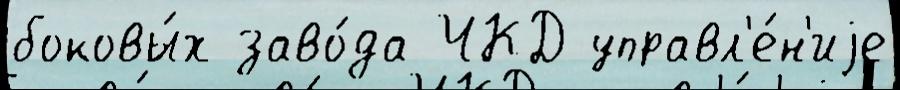
боковы́х заво́да ЧКД управл'е́н'иjе